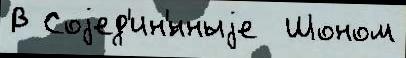
В Соjед'ин'́нныjе  Шоном